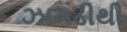
ઝામડીથી